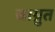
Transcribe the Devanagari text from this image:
जाग्रुत